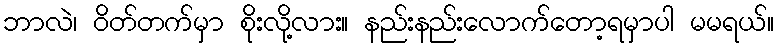
ဘာလဲ၊ ဝိတ်တက်မှာ စိုးလို့လား။ နည်းနည်းလောက်တော့ရမှာပါ မမရယ်။